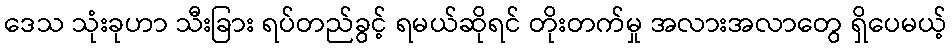
ဒေသ သုံးခုဟာ သီးခြား ရပ်တည်ခွင့် ရမယ်ဆိုရင် တိုးတက်မှု အလားအလာတွေ ရှိပေမယ့်